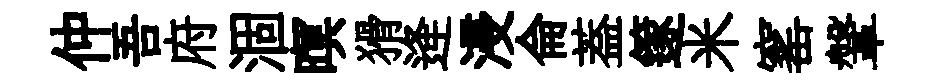
仲吾府涸暝猾逄浸侖葢篴米窰鞶